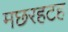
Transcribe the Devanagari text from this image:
मछरहटह